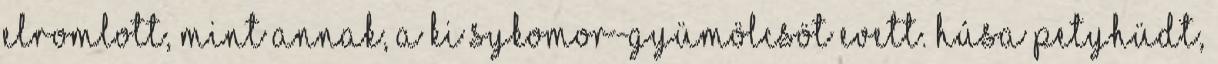
elromlott, mint annak, a ki sykomor-gyümölcsöt evett. Húsa petyhüdt,